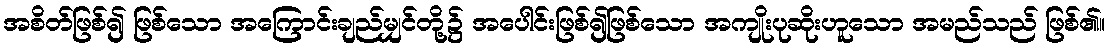
အစိတ်ဖြစ်၍ ဖြစ်သော အကြောင်းချည်မျှင်တို့၌ အပေါင်းဖြစ်၍ဖြစ်သော အကျိုးပုဆိုးဟူသော အမည်သည် ဖြစ်၏။